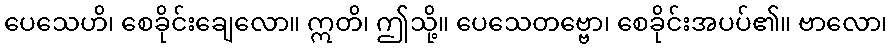
ပေသေဟိ၊ စေခိုင်းချေလော။ ဣတိ၊ ဤသို့။ ပေသေတဗ္ဗော၊ စေခိုင်းအပပ်၏။ ဗာလော၊